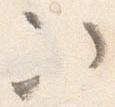
次